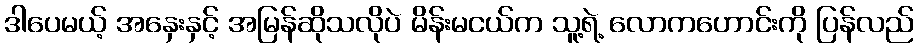
ဒါပေမယ့် အနှေးနှင့် အမြန်ဆိုသလိုပဲ မိန်းမငယ်က သူ့ရဲ့ လောကဟောင်းကို ပြန်လည်